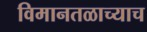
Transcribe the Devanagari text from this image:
विमानतळाच्याच